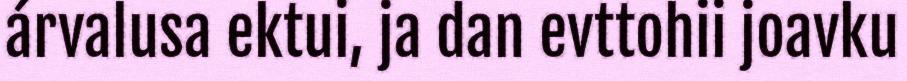
árvalusa ektui, ja dan evttohii joavku